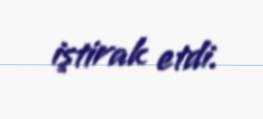
iştirak etdi.